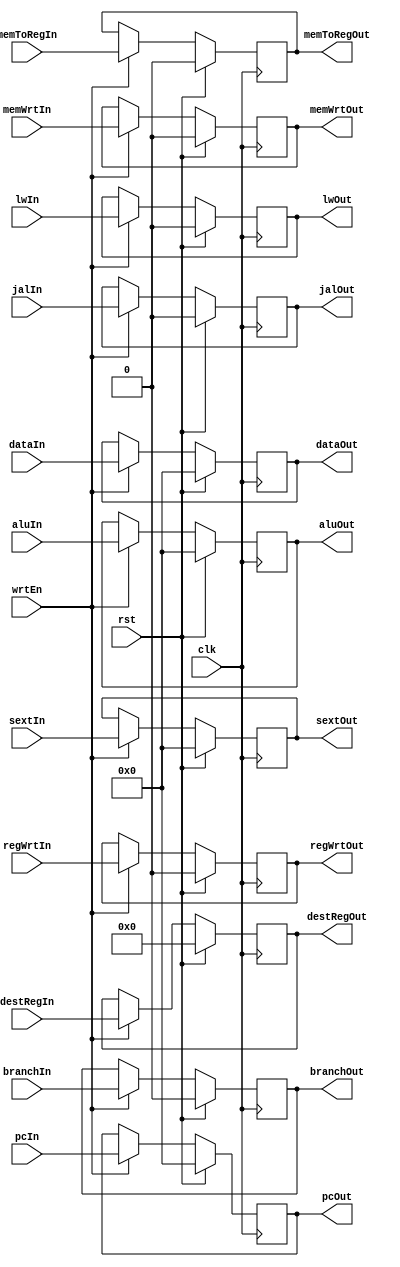
module PipeRegister(clk, rst, wrtEn, memWrtIn, memToRegIn, branchIn, jalIn, lwIn, regWrtIn, destRegIn, sextIn, aluIn, dataIn, pcIn, memWrtOut, memToRegOut, branchOut, jalOut, lwOut, regWrtOut, destRegOut, sextOut, aluOut, dataOut, pcOut);

	input clk, rst, wrtEn, memWrtIn, memToRegIn, branchIn, jalIn, lwIn, regWrtIn;
	input [3:0] destRegIn;
	input [31:0] sextIn, aluIn, dataIn, pcIn;

	output memWrtOut, memToRegOut, branchOut, jalOut, lwOut, regWrtOut;
	output [3:0] destRegOut;
	output [31:0] sextOut, aluOut, dataOut, pcOut;

	reg memWrtOut, memToRegOut, branchOut, jalOut, lwOut, regWrtOut;
	reg [3:0] destRegOut;
	reg [31:0] sextOut, aluOut, dataOut, pcOut;

	always @(posedge clk) begin
		if (wrtEn) begin
			memWrtOut <= memWrtIn;
			memToRegOut <= memToRegIn;
			branchOut <= branchIn;
			jalOut <= jalIn;
			lwOut <= lwIn;
			regWrtOut <= regWrtIn;
			destRegOut <= destRegIn;
			sextOut <= sextIn;
			aluOut <= aluIn;
			dataOut <= dataIn;
			pcOut <= pcIn;
		end
		if (rst) begin
			memWrtOut <= 1'b0;
			memToRegOut <= 1'b0;
			branchOut <= 1'b0;
			jalOut <= 1'b0;
			lwOut <= 1'b0;
			regWrtOut <= 1'b0;
			destRegOut <= 4'b0;
			sextOut <= 32'b0;
			aluOut <= 32'b0;
			dataOut <= 32'b0;
			pcOut <= 32'b0;
		end
	end

endmodule